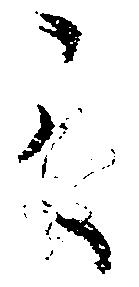
之